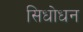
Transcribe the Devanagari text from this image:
सिधोधन